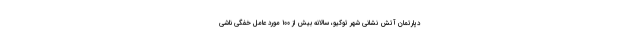
دپارتمان آتش نشانی شهر توکیو، سالانه بیش از ۱۰۰ مورد عامل خفگی ناشی